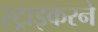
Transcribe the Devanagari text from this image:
स्ट्राइकरने